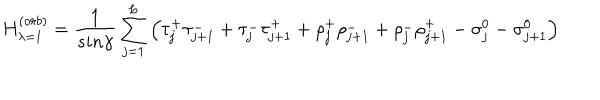
H _ { \lambda = 1 } ^ { ( o r b ) } = \frac { 1 } { s i n \gamma } \sum _ { j = 1 } ^ { L } \left( \tau _ { j } ^ { + } \tau _ { j + 1 } ^ { - } + \tau _ { j } ^ { - } \tau _ { j + 1 } ^ { + } + \rho _ { j } ^ { + } \rho _ { j + 1 } ^ { - } + \rho _ { j } ^ { - } \rho _ { j + 1 } ^ { + } - \sigma _ { j } ^ { 0 } - \sigma _ { j + 1 } ^ { 0 } \right)